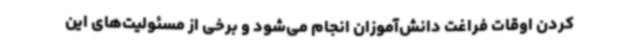
کردن اوقات فراغت دانش‌آموزان انجام می‌شود و برخی از مسئولیت‌های این